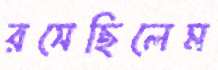
রসেছিলেম